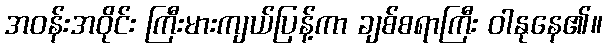
အဝန်းအဝိုင်း ကြီးမားကျယ်ပြန့်ကာ ချစ်စရာကြီး ဝါနုနေ၏။